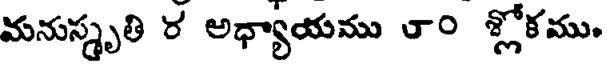
మనుస్మృతి ర అధ్యాయము ౮౦ శ్లోకము.